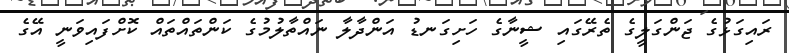
ރައިގަޅުގެ ޖަންގަލީގެ ތެރޭގައި ޝީނާގެ ހަށިގަނޑު އަންދާލާ ނައްތާލުމުގެ ކަންތައްތައް ކޮށްފައިވަނީ އޭގެ